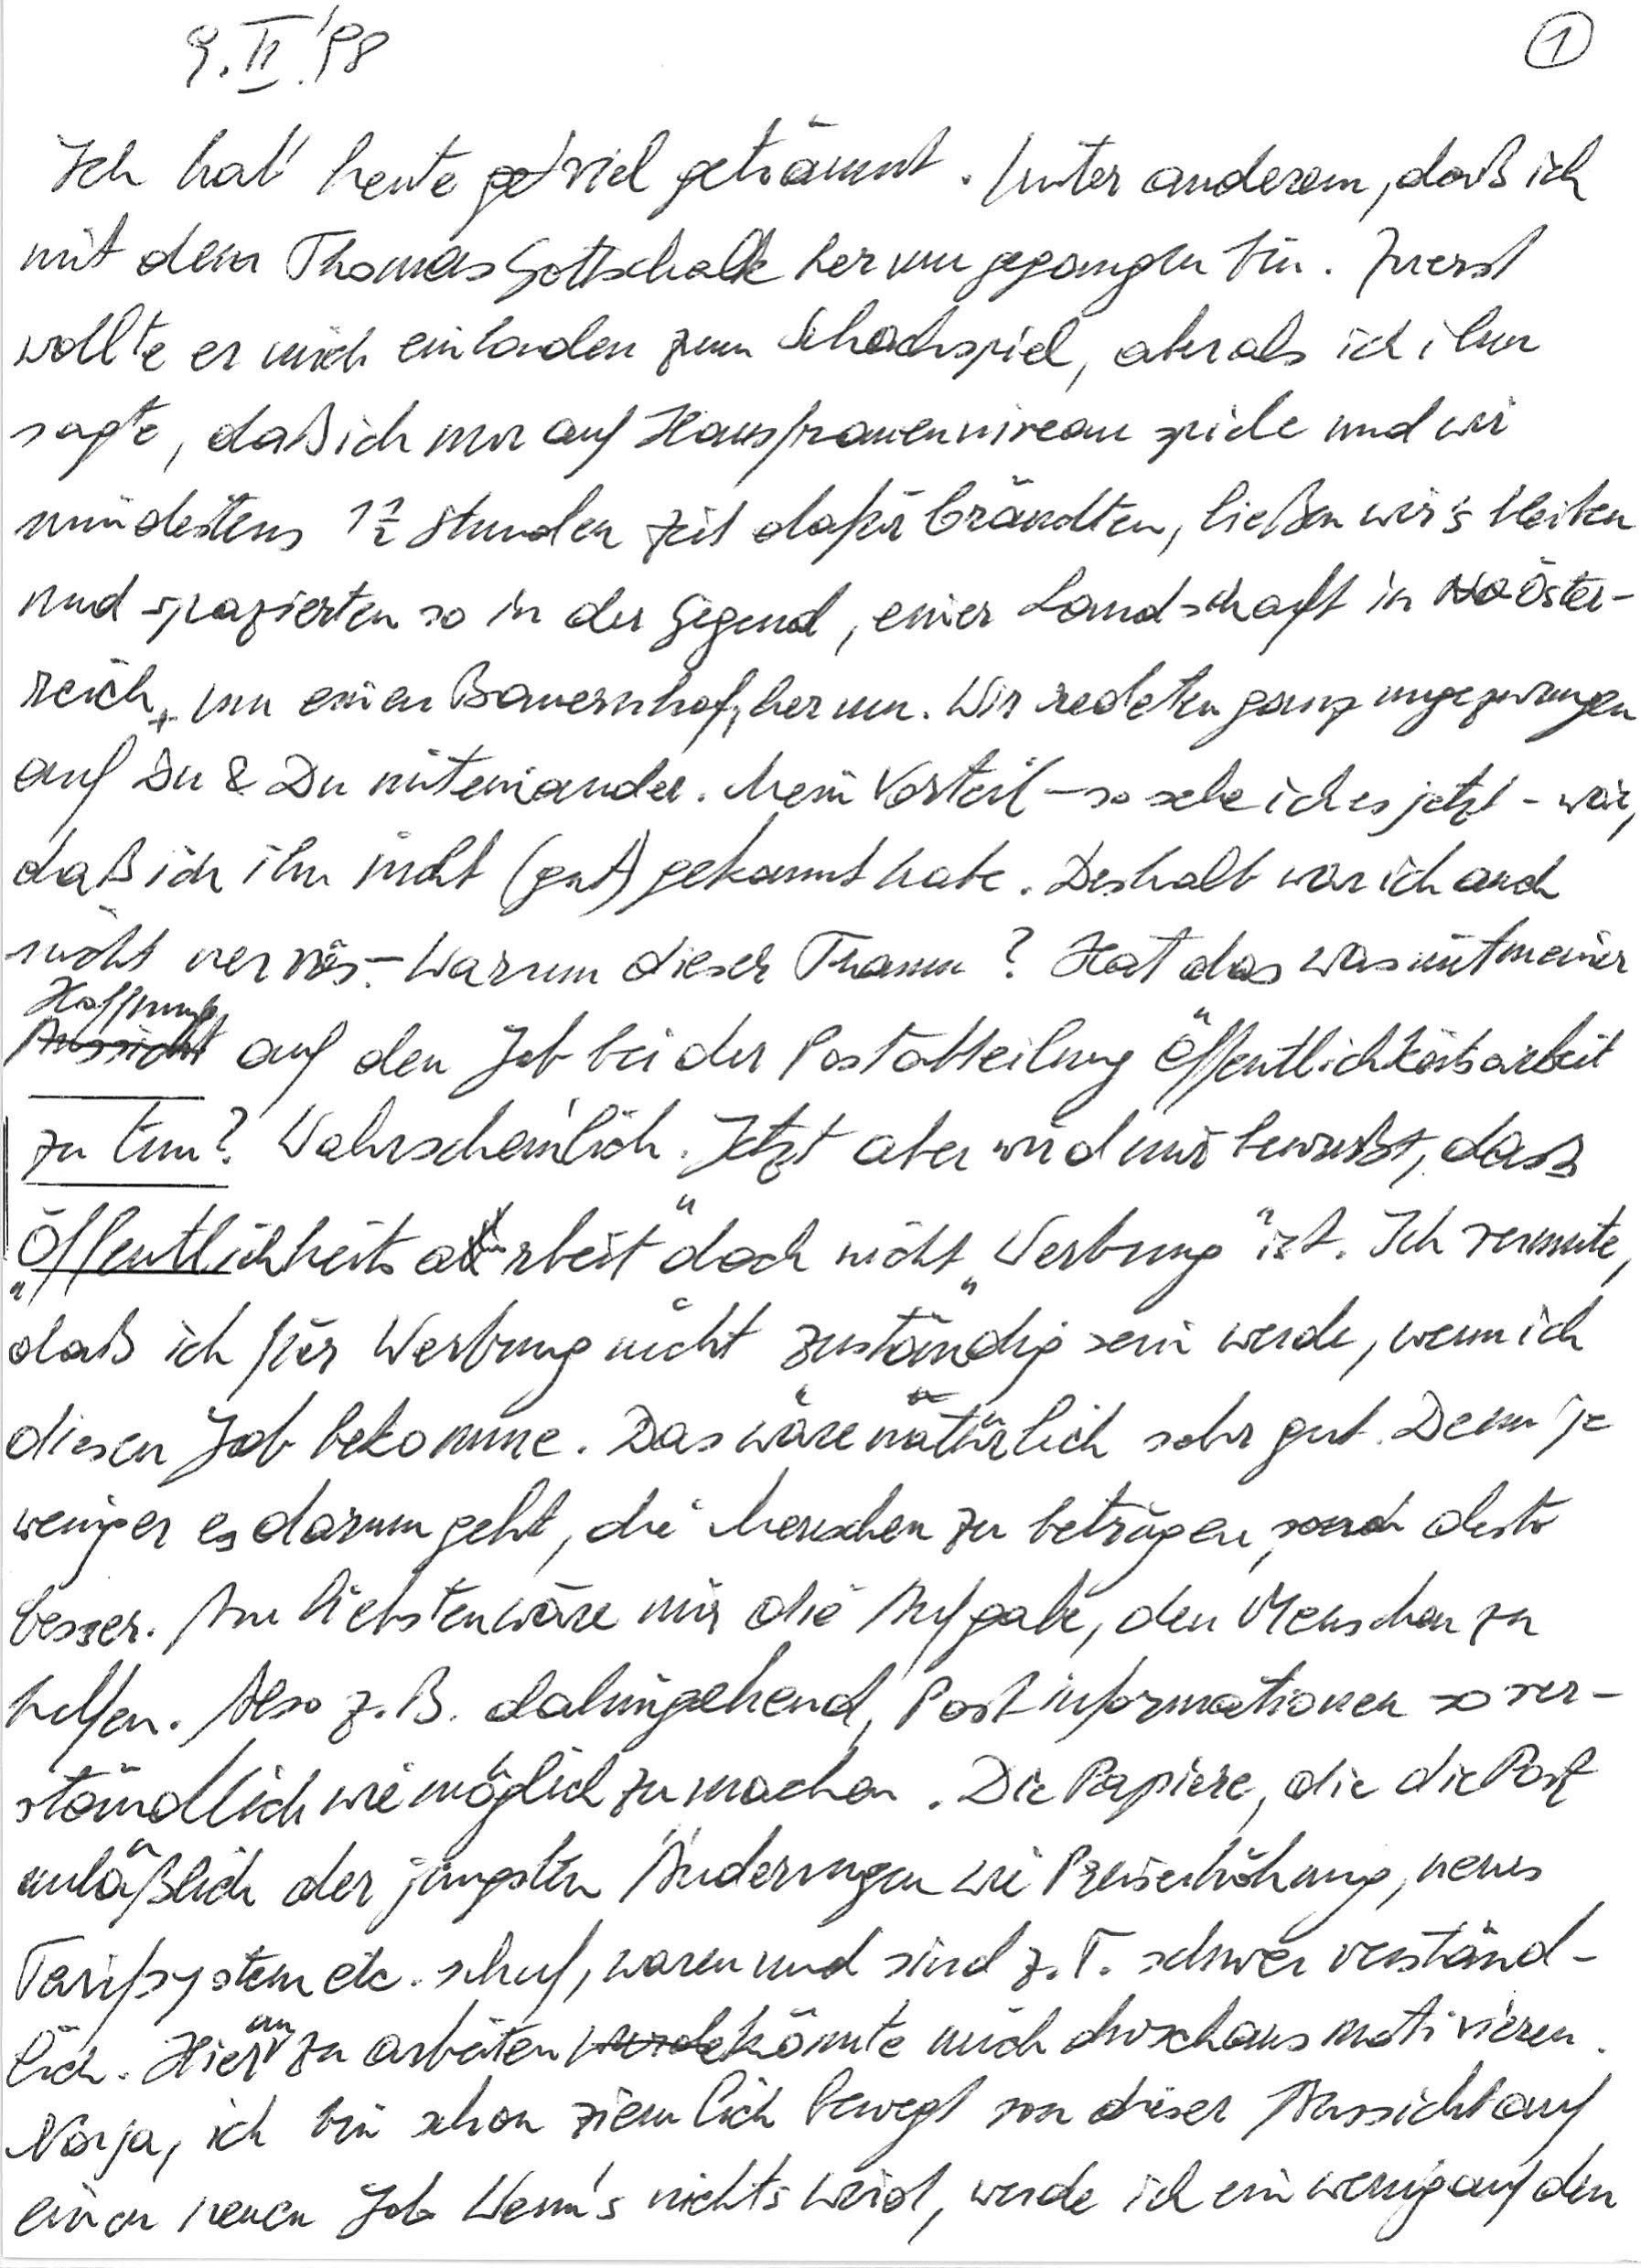
9. II. ‘98
Ich hab‘ heute viel geträumt. Unter anderem, daß ich
mit dem Thomas Gottschalk herumgegangen bin. Zuerst
wollte er mich einladen zum Schachspiel, aber als ich ihm
sagte, daß ich nur auf Hausfrauenniveau spiele und wir
mindestens 1½ Stunden Zeit dafür bräuchten, ließen wir’s bleiben
und spazierten so in der Gegend, einer Landschaft in Öster-
reich um einen Bauernhof, herum. Wir redeten ganz ungezwungen
auf Du & Du miteinander. Mein Vorteil – so sehe ich es jetzt – war,
daß ich ihn nicht (gut) gekannt habe. Deshalb war ich auch
nicht nervös. – Warum dieser Traum? Hat das was mit meiner
Hoffnung auf den Job bei der Postabteilung Öffentlichkeitsarbeit
zu tun? Wahrscheinlich. Jetzt aber wird mir bewußt, daß
„Öffentlichkeitsarbeit“ doch nicht „Werbung“ ist. Ich vermute,
daß ich für Werbung nicht zuständig sein werde, wenn ich
diesen Job bekomme. Das wäre natürlich sehr gut. Denn je
weniger es darum geht, die Menschen zu betrügen, desto
besser. Am liebsten wäre mir die Aufgabe, den Menschen zu
helfen. Also z. B. dahingehend, Postinformationen so ver-
ständlich wie möglich zu machen. Die Papiere, die die Post
anläßlich der jüngsten Änderungen wie Preiserhöhung, neues
Tarifsystem etc. schuf, waren und sind z. T. schwer verständ-
lich. Hieran zu arbeiten könnte mich durchaus motivieren.
Naja, ich bin schon ziemlich bewegt von dieser Aussicht auf
einen neuen Job. Wenn’s nichts wird, werde ich ein wenig auf den